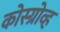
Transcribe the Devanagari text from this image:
कोस्ग्रोव्ह